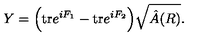
Y = \Big ( \mathrm { t r } e ^ { i F _ { 1 } } - \mathrm { t r } e ^ { i F _ { 2 } } \Big ) \sqrt { \hat { A } ( R ) } .